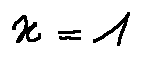
x = 1